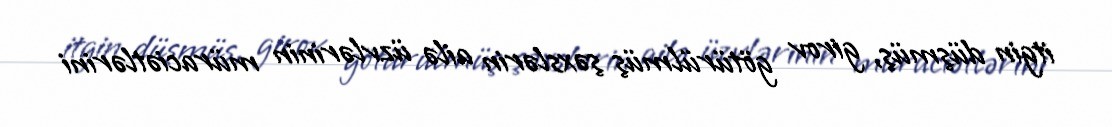
itgin düşmüş, girov götürülmüş şəxslərin ailə üzvlərinin müraciətlərini